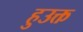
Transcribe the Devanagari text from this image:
हुउक्त